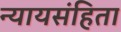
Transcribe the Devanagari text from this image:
न्यायसंहिता